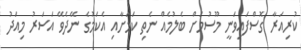
ކުރިއަރާ ގޮސްފައިވަނީ މޫސުމަށް ބެލުމެއް ނެތި ކަމަށާއި އެކަމުގެ ނޭދެވޭ އަސަރު މިއަދު